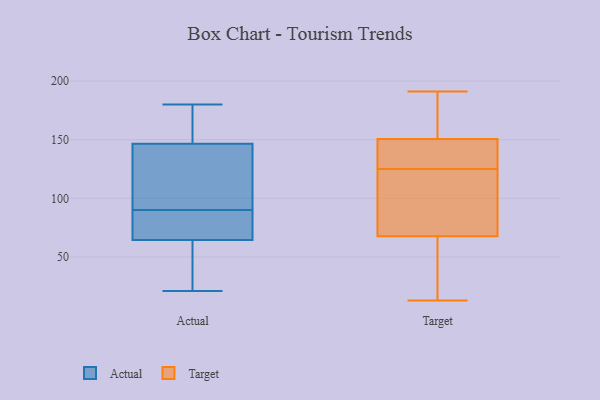
{"axis": {"x": "Population (Million)", "y": "Value"}, "legend": ["Actual", "Target"], "data": [{"x": "", "y": 21, "type": "Actual"}, {"x": "", "y": 38, "type": "Actual"}, {"x": "", "y": 92, "type": "Actual"}, {"x": "", "y": 72, "type": "Actual"}, {"x": "", "y": 149, "type": "Actual"}, {"x": "", "y": 85, "type": "Actual"}, {"x": "", "y": 180, "type": "Actual"}, {"x": "", "y": 139, "type": "Actual"}, {"x": "", "y": 163, "type": "Actual"}, {"x": "", "y": 90, "type": "Actual"}, {"x": "", "y": 62, "type": "Actual"}, {"x": "", "y": 13, "type": "Target"}, {"x": "", "y": 153, "type": "Target"}, {"x": "", "y": 17, "type": "Target"}, {"x": "", "y": 143, "type": "Target"}, {"x": "", "y": 125, "type": "Target"}, {"x": "", "y": 20, "type": "Target"}, {"x": "", "y": 134, "type": "Target"}, {"x": "", "y": 113, "type": "Target"}, {"x": "", "y": 191, "type": "Target"}, {"x": "", "y": 125, "type": "Target"}, {"x": "", "y": 66, "type": "Target"}, {"x": "", "y": 182, "type": "Target"}, {"x": "", "y": 162, "type": "Target"}, {"x": "", "y": 73, "type": "Target"}, {"x": "", "y": 120, "type": "Target"}]}